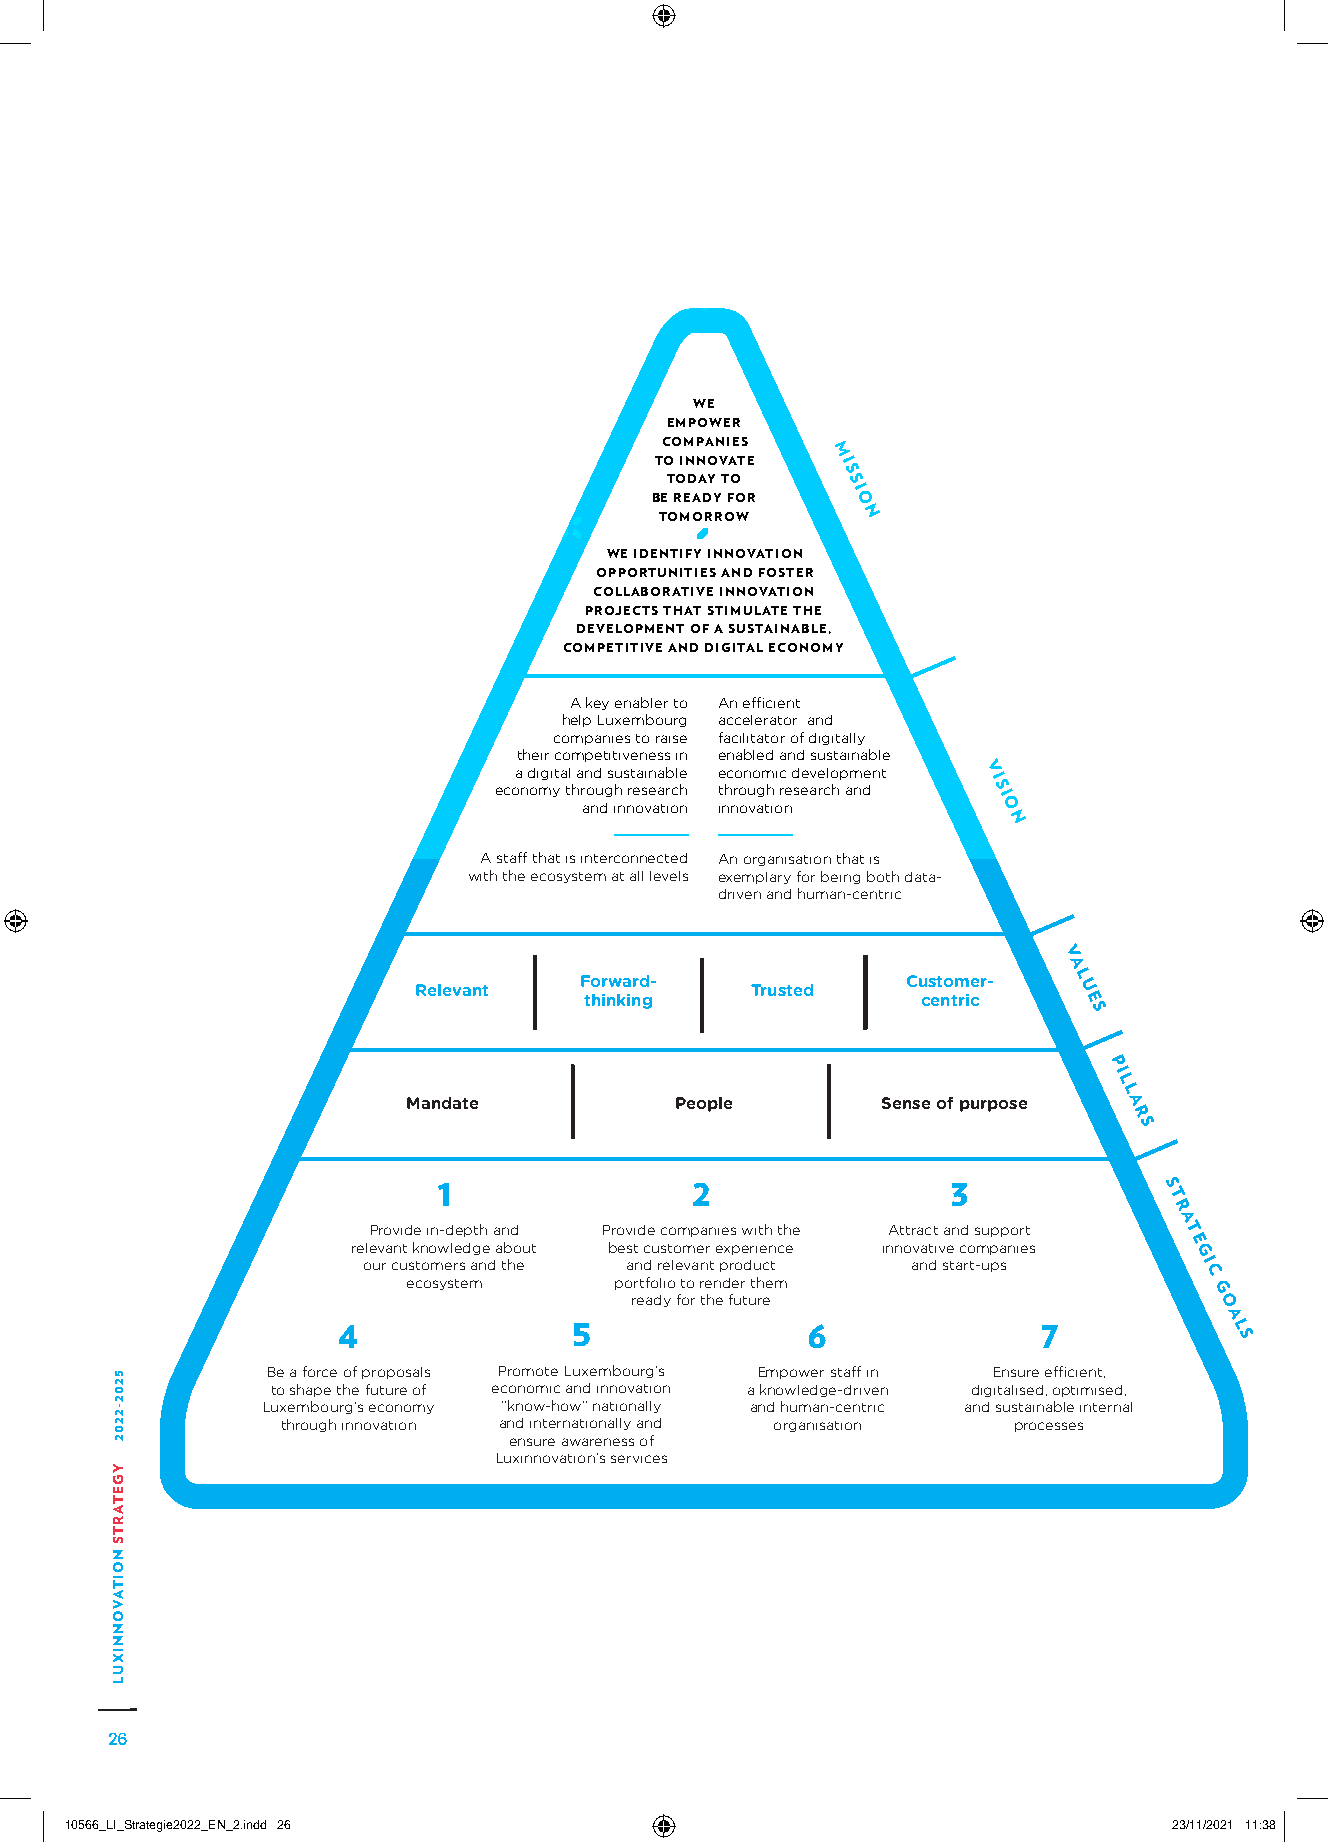
WE
 EMPOWER
 COMPANIES
 M
 TO INNOVATE I
 S
 TODAY TO    S
 I
 BE READY FOR O
 TOMORROW     N
 WE IDENTIFY INNOVATION
 OPPORTUNITIES AND FOSTER
 COLLABORATIVE INNOVATION
 PROJECTS THAT STIMULATE THE
 DEVELOPMENT OF A SUSTAINABLE,
 COMPETITIVE AND DIGITAL ECONOMY
 A key enabler to An efficient
 help Luxembourg accelerator and
 companies to raise facilitator of digitally
 their competitiveness in enabled and sustainable
 a digital and sustainable economic development V
 I
 economy through research through research and S
 I
 and innovation innovation  O
 N
 A staff that is interconnected An organisation that is
 with the ecosystem at all levels exemplary for being both data-
 driven and human-centric
 V
 A
 Forward-              Customer-  L
 Relevant               Trusted              U
 thinking              centric    E
 S
 P
 I
 L
 L
 Mandate           People       Sense of purpose A
 R
 S
 1                2                3             S
 T
 R
 A
 Provide in-depth and Provide companies with the Attract and support T
 relevant knowledge about best customer experience innovative companies E
 G
 our customers and the and relevant product and start-ups I
 C
 ecosystem     portfolio to render them
 G
 ready for the future                  O
 A
 4               5              6               7           L
 S
 Be a force of proposals Promote Luxembourg’s Empower staff in Ensure efficient,
 to shape the future of economic and innovation a knowledge-driven digitalised, optimised,
 Luxembourg’s economy “know-how” nationally and human-centric and sustainable internal
 through innovation and internationally and organisation processes
 ensure awareness of
 Luxinnovation’s services
 26
 1100556666__LLII__SSttrraatteeggiiee22002222__EENN__22..iinndddd 2266     2233//1111//22002211 1111::3388
 5202-2202
 YGETARTS
 NOITAVONNIXUL